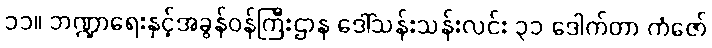
၁၁။ ဘဏ္ဍာရေးနှင့်အခွန်ဝန်ကြီးဌာန ဒေါ်သန်းသန်းလင်း ၃၁ ဒေါက်တာ ကံဇော်